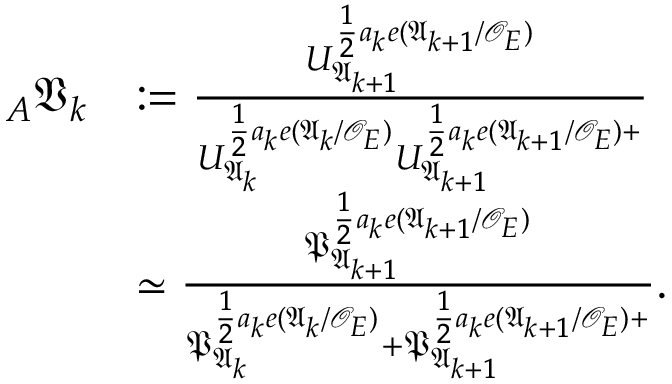
\begin{array} { r l } { _ { A } \mathfrak { V } _ { k } } & { : = \frac { U _ { \mathfrak { A } _ { k + 1 } } ^ { \frac { 1 } { 2 } a _ { k } e ( \mathfrak { A } _ { k + 1 } / \mathcal { O } _ { E } ) } } { U _ { \mathfrak { A } _ { k } } ^ { \frac { 1 } { 2 } a _ { k } e ( \mathfrak { A } _ { k } / \mathcal { O } _ { E } ) } U _ { \mathfrak { A } _ { k + 1 } } ^ { \frac { 1 } { 2 } a _ { k } e ( \mathfrak { A } _ { k + 1 } / \mathcal { O } _ { E } ) + } } } \\ & { \simeq \frac { \mathfrak { P } _ { \mathfrak { A } _ { k + 1 } } ^ { \frac { 1 } { 2 } a _ { k } e ( \mathfrak { A } _ { k + 1 } / \mathcal { O } _ { E } ) } } { \mathfrak { P } _ { \mathfrak { A } _ { k } } ^ { \frac { 1 } { 2 } a _ { k } e ( \mathfrak { A } _ { k } / \mathcal { O } _ { E } ) } + \mathfrak { P } _ { \mathfrak { A } _ { k + 1 } } ^ { \frac { 1 } { 2 } a _ { k } e ( \mathfrak { A } _ { k + 1 } / \mathcal { O } _ { E } ) + } } . } \end{array}